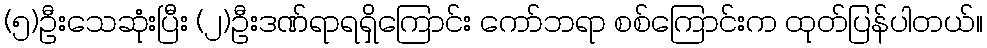
(၅)ဦးသေဆုံးပြီး (၂)ဦးဒဏ်ရာရရှိကြောင်း ကော်ဘရာ စစ်ကြောင်းက ထုတ်ပြန်ပါတယ်။